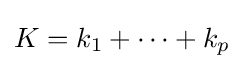
K=k_{1}+\cdots +k_{p}